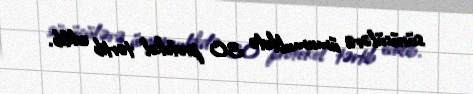
sürücülərə ümumulikdə 30 protokol tərtib edilib.